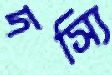
দস্যি